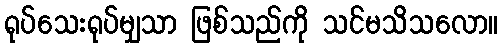
ရုပ်သေးရုပ်မျှသာ ဖြစ်သည်ကို သင်မသိသလော။